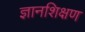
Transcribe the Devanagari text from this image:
ज्ञानशिक्षण